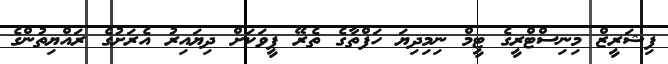
ފިޝަރީޒް މިނިސްޓްރީގެ ޓީމް ނިމިދިޔަ ހަފްތާގެ ތެރޭ ފީވަކަށް ދިޔައިރު އެރަށުގެ ރައްޔިތުންގެ